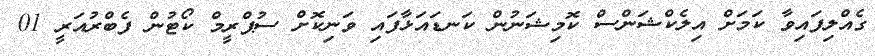
ގެއްލިފައިވާ ކަމަށް އިލެކްޝަންސް ކޮމިޝަނުން ކަނޑައަޅާފައި ވަނިކޮށް ސުޕްރީމް ކޯޓުން ފެބްރުއަރީ 01